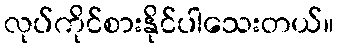
လုပ်ကိုင်စားနိုင်ပါသေးတယ်။